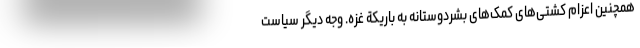
همچنین اعزام کشتی­های کمک­های بشردوستانه به باریکة غزه. وجه دیگر سیاست